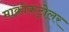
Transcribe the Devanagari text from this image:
माक्रोकंट्रोलर